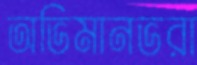
অভিমানভরা